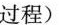
过程)